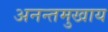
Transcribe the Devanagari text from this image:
अनन्तमुखाय